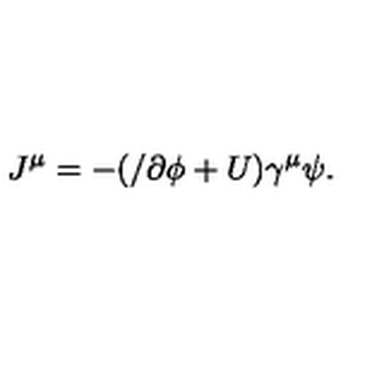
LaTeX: J ^ { \mu } = - ( / \partial \phi + U ) \gamma ^ { \mu } \psi .